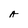
Character: A